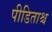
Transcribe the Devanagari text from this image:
पीडिताश्च